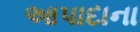
આપાદાના